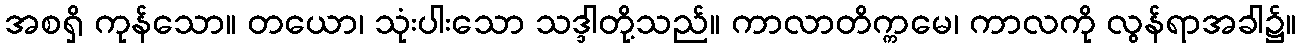
အစရှိ ကုန်သော။ တယော၊ သုံးပါးသော သဒ္ဒါတို့သည်။ ကာလာတိက္ကမေ၊ ကာလကို လွန်ရာအခါ၌။